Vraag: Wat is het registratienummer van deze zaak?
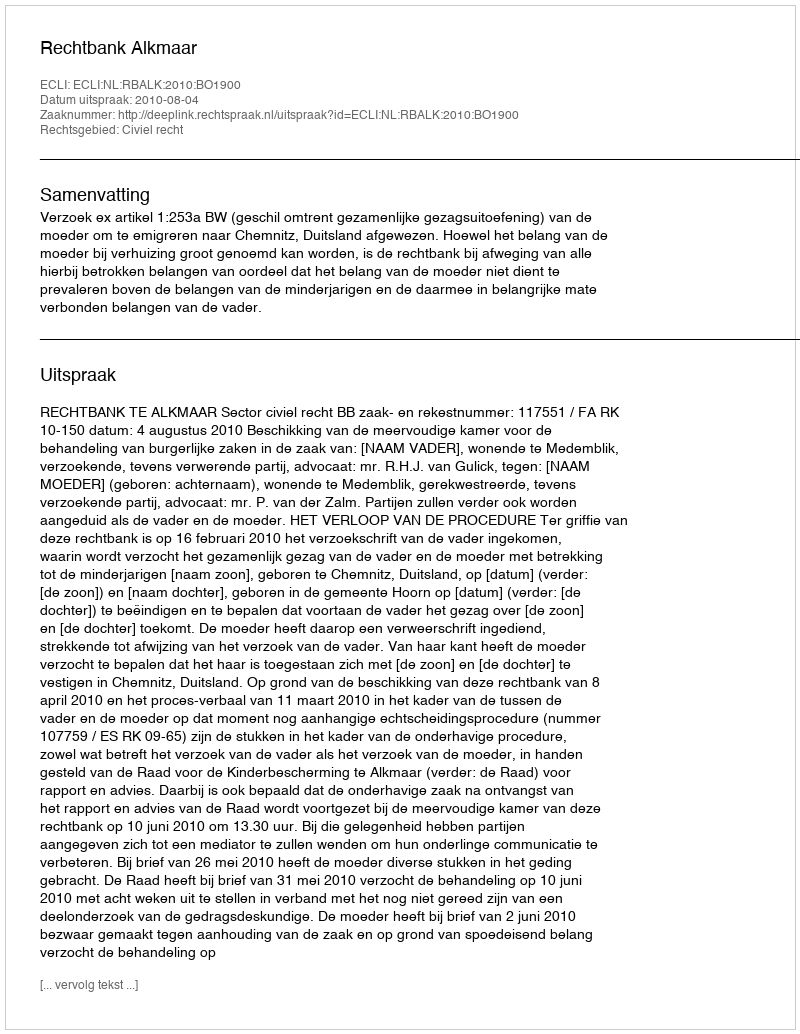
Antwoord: http://deeplink.rechtspraak.nl/uitspraak?id=ECLI:NL:RBALK:2010:BO1900